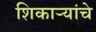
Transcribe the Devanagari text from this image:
शिकाऱ्यांचे